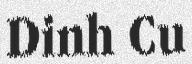
Dinh Cu